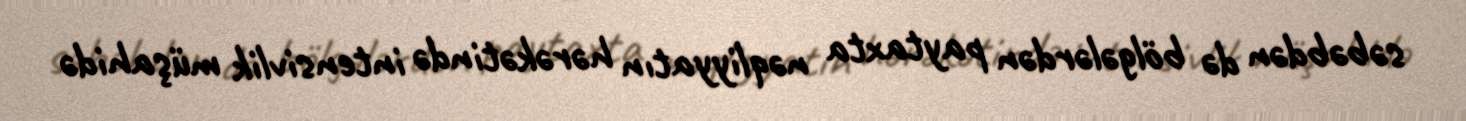
səbəbdən də bölgələrdən paytaxta nəqliyyatın hərəkətində intensivlik müşahidə